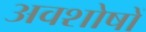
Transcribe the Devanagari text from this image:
अवशोषों